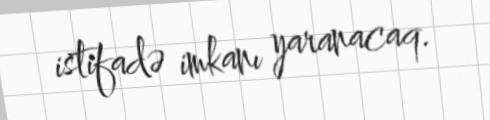
istifadə imkanı yaranacaq.